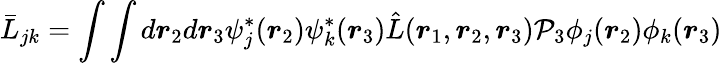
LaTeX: \bar{L}_{jk}=\int\int d\boldsymbol{r}_{2}d\boldsymbol{r}_{3}\psi_{j}^{*}(\boldsymbol{r}_{2})\psi_{k}^{*}(\boldsymbol{r}_{3})\hat{L}(\boldsymbol{r}_{1},\boldsymbol{r}_{2},\boldsymbol{r}_{3})\mathcal{P}_{3}\phi_{j}(\boldsymbol{r}_{2})\phi_{k}(\boldsymbol{r}_{3})